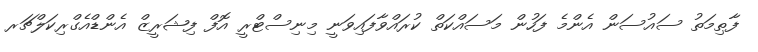
ފާޠިމަތު ސައުސަން އެންމެ ފަހުން މަސައްކަތް ކުރައްވާފައިވަނީ މިނިސްޓްރީ އޮފް ފިޝަރީޒް އެންޑްއެގްރިކަލްޗަރ